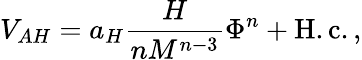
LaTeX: V_{AH}=a_{H}\frac{H}{nM^{n-3}}\Phi^{n}+\mathrm{H.c.}\, ,